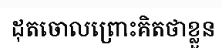
ដុតចោលព្រោះគិតថាខ្លួន